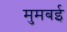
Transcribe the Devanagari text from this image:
मुमबई